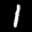
Label: 1